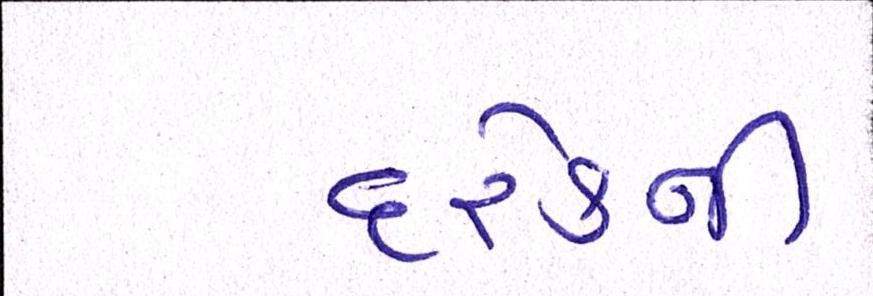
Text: દરેકના